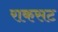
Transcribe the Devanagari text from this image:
राकसट